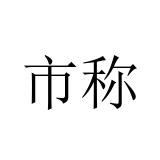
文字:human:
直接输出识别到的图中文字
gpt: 市称